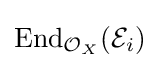
\mathrm {End} _{{\mathcal {O}}_{X}}({\mathcal {E}}_{i})